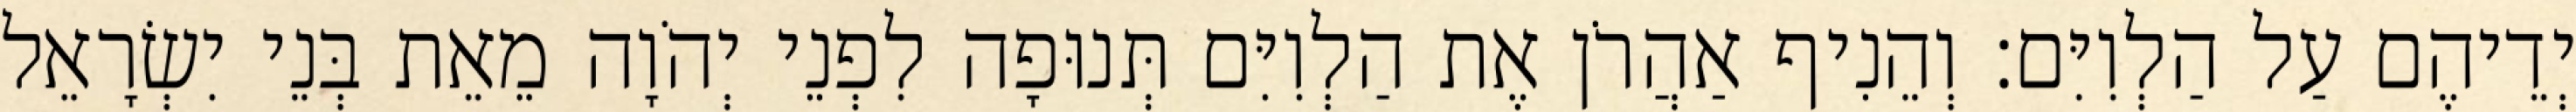
יְדֵיהֶם עַל הַלְוִיִּם׃ וְהֵנִיף אַהֲרֹן אֶת הַלְוִיִּם תְּנוּפָה לִפְנֵי יְהֹוָה מֵאֵת בְּנֵי יִשְׂרָאֵל